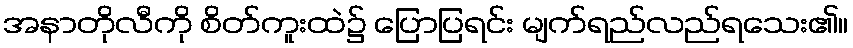
အနာတိုလီကို စိတ်ကူးထဲ၌ ပြောပြရင်း မျက်ရည်လည်ရသေး၏။